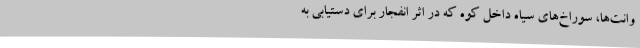
وانت‌ها، سوراخ‌های سیاه داخل کوه که در اثر انفجار برای دستیابی به